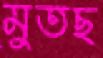
মুতছ